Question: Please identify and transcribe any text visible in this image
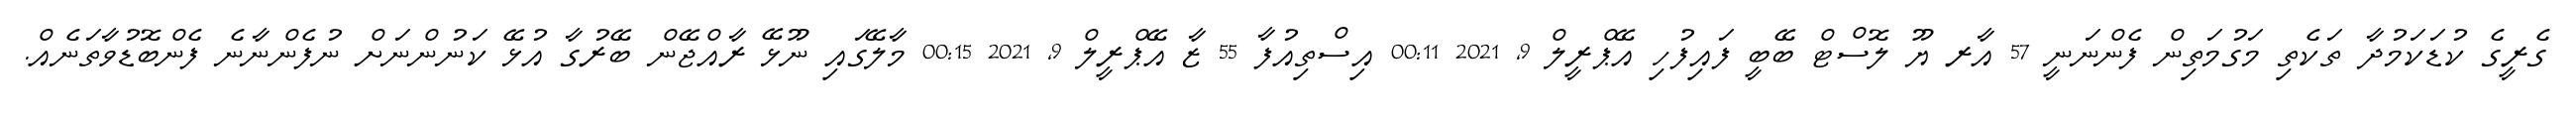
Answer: ގެރީގެ ކުޑަކަމުދާ ތަކެތި މަގުމަތިން ފެންނަނީ 57 އާރ ޔޫ ލޮސްޓް ބޭބީ ފައިފުހި އޭޕްރީލް 9, 2021 00:11 އިސްތިއުފާ 55 ޒާ އޭޕްރީލް 9, 2021 00:15 މާލޭގައި ނޫޅޭ ރާއްޖޭން ބޭރުގާ އުޅޭ ކަނުންނަށް ނުފެންނާނެ ފެންބޮޑުވާތަނެއް.